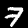
Label: 7